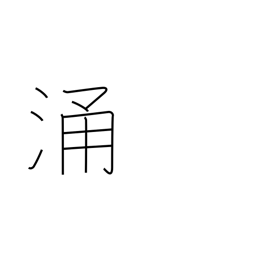
Meaning: seethe